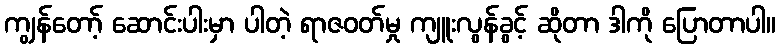
ကျွန်တော့် ဆောင်းပါးမှာ ပါတဲ့ ရာဇဝတ်မှု ကျူးလွန်ခွင့် ဆိုတာ ဒါကို ပြောတာပါ။